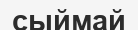
сыймай